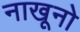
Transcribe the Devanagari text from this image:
नाखूनो